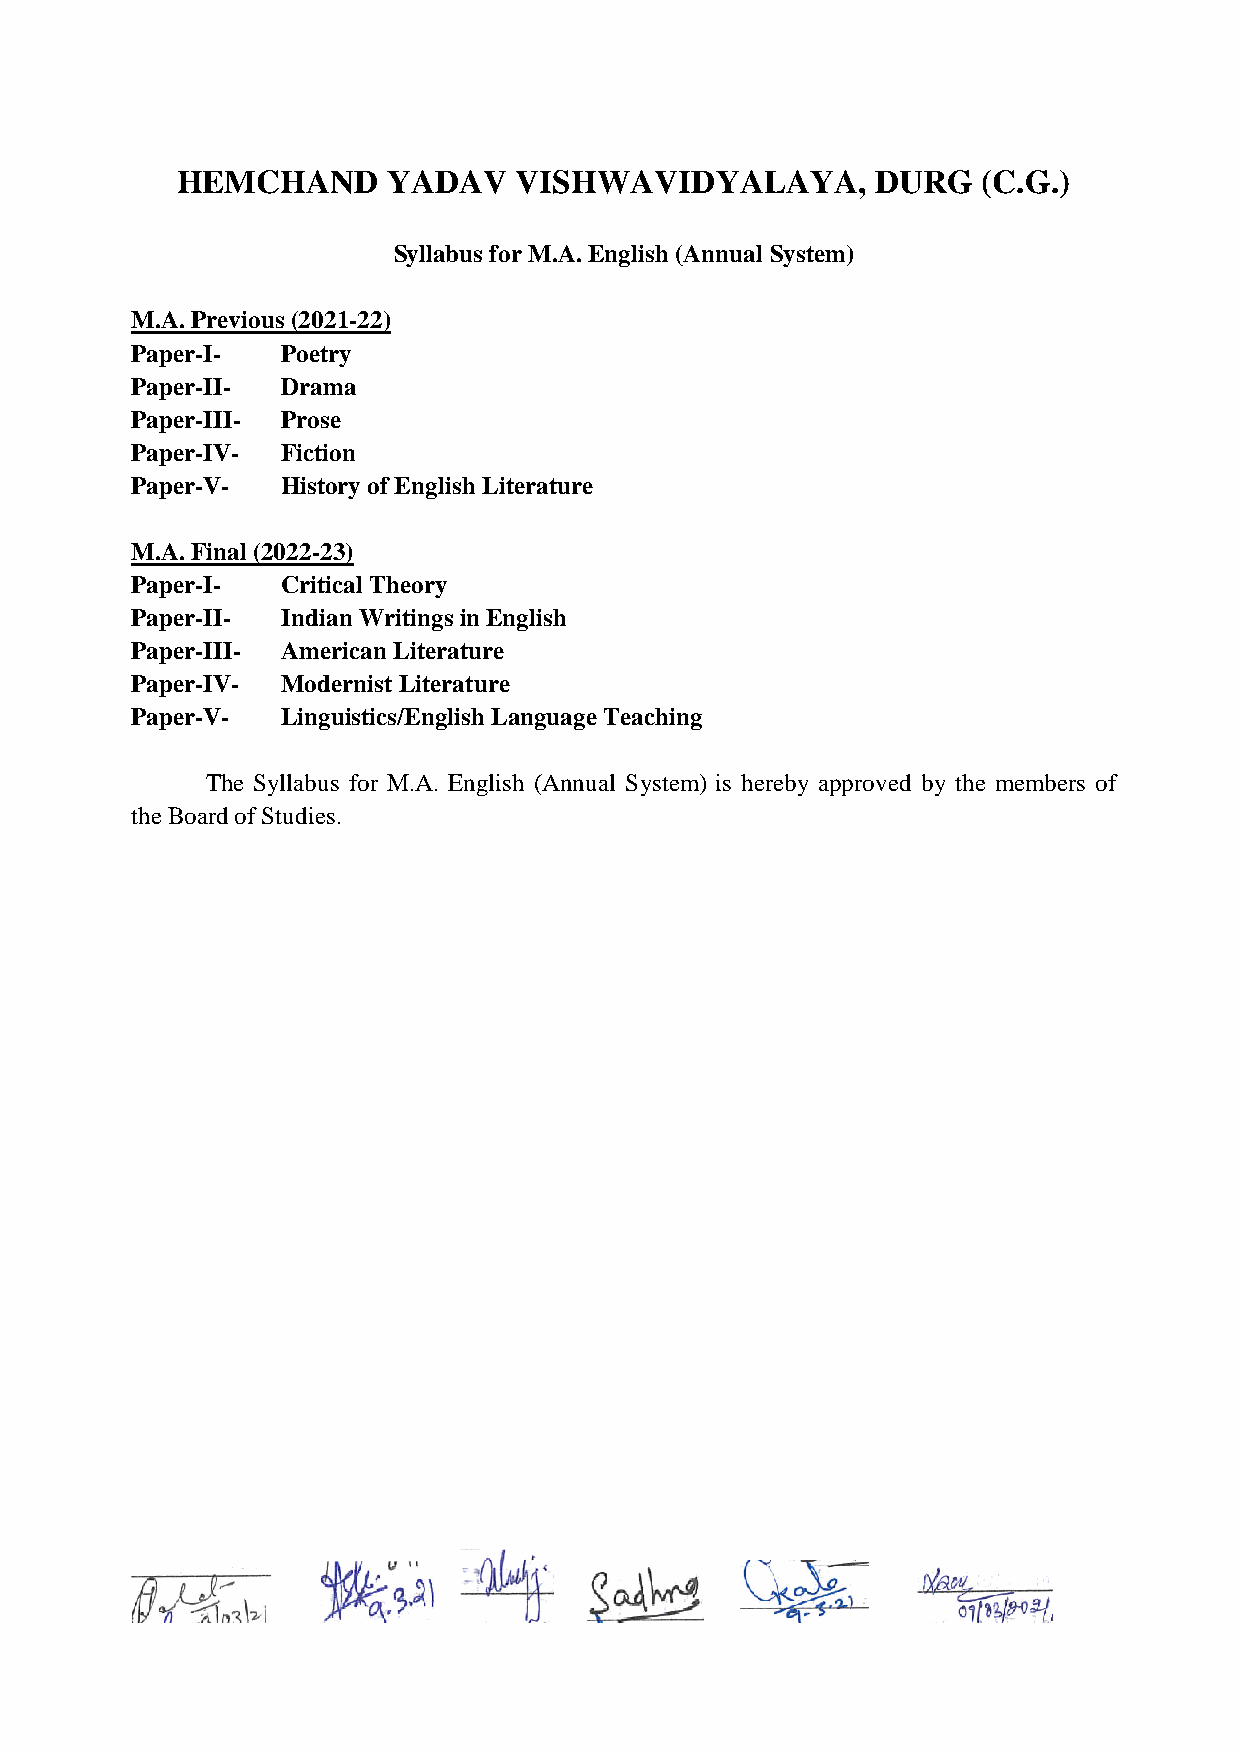
HEMCHAND      YADAV   VISHWAVIDYALAYA,        DURG   (C.G.)
 Syllabus for M.A. English (Annual System)
 M.A. Previous (2021-22)
 Paper-I-  Poetry
 Paper-II- Drama
 Paper-III- Prose
 Paper-IV- Fiction
 Paper-V-  History of English Literature
 M.A. Final (2022-23)
 Paper-I-  Critical Theory
 Paper-II- Indian Writings in English
 Paper-III- American Literature
 Paper-IV- Modernist Literature
 Paper-V-  Linguistics/English Language Teaching
 The Syllabus for M.A. English (Annual System) is hereby approved by the members of
 the Board of Studies.